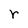
Character: r